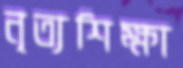
নৃত্যশিক্ষা